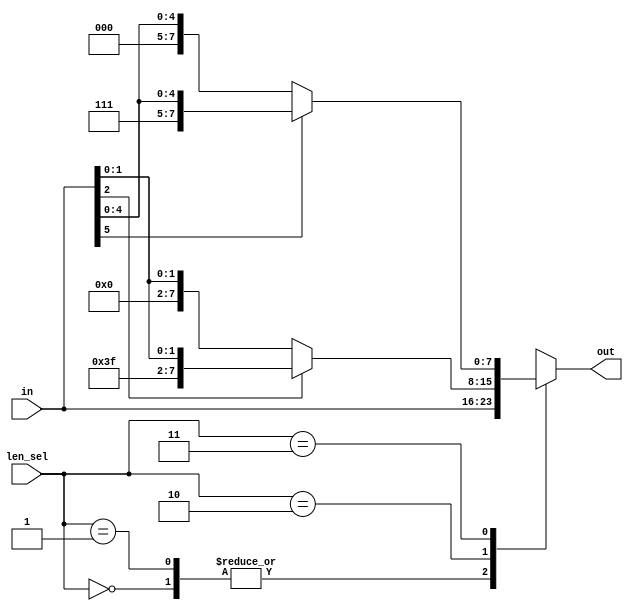
module extend(in,len_sel,out);
	input [7:0] in;
	input [1:0] len_sel;
	output reg [7:0] out;
	
	always @ (*)	
	begin
		case(len_sel)
			2'b00:begin
				out=in;
			end
			2'b01:begin
				out=in;
			end
			2'b10:begin
				if(in[2]==0)begin
				out={5'b00000,in[2:0]};
				end else begin
				out={5'b11111,in[2:0]};
				end
			end
			2'b11:begin
				if(in[5]==0)begin
				out={2'b00,in[5:0]};
				end else begin
				out={2'b11,in[5:0]};
				end
			end
		endcase
	end
	
endmodule